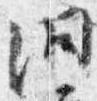
洞